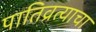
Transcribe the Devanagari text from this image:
पातिव्रत्याचा